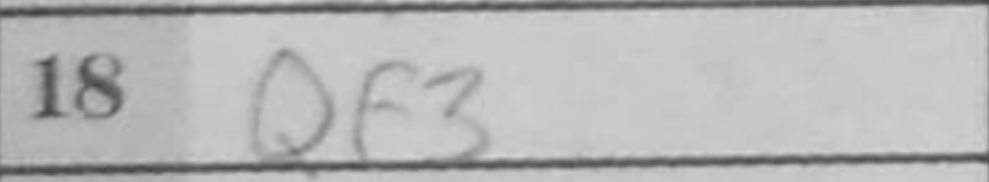
Transcription: Qf3